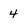
Character: 4